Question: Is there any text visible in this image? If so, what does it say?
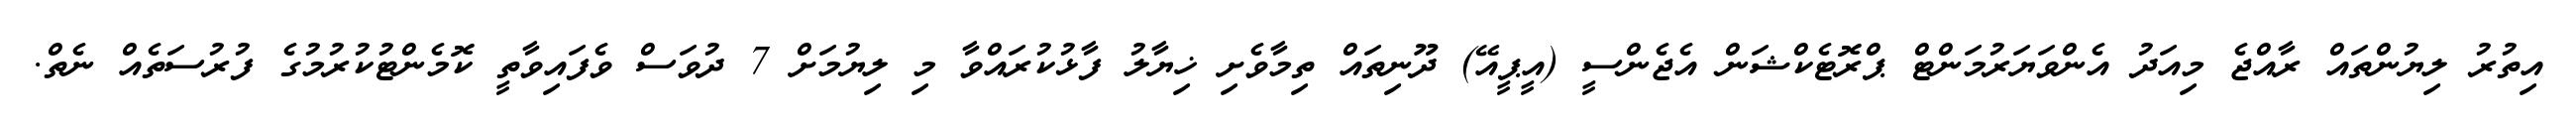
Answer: އިތުރު ލިޔުންތައް ރާއްޖެ މިއަދު އެންވަޔަރުމަންޓް ޕްރޮޓެކްޝަން އެޖެންސީ (އީޕީއޭ) ދޫނިތައް ތިމާވެށި ޚިޔާލު ފާޅުކުރައްވާ މި ލިޔުމަށް 7 ދުވަސް ވެފައިވާތީ ކޮމެންޓުކުރުމުގެ ފުރުސަތެއް ނެތް.